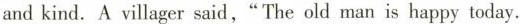
and kind. A villager said,"The old man is happy today.